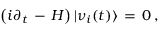
\left( i \partial _ { t } \, - \, H \right) | \nu _ { i } ( t ) \rangle \, = \, 0 \, ,